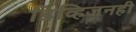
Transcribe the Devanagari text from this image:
डिव्हिजनही